Annual report of the Punjab Veterinary College and of the Civil Veterinary Department, Punjab - 1920-1925
Year: 1920
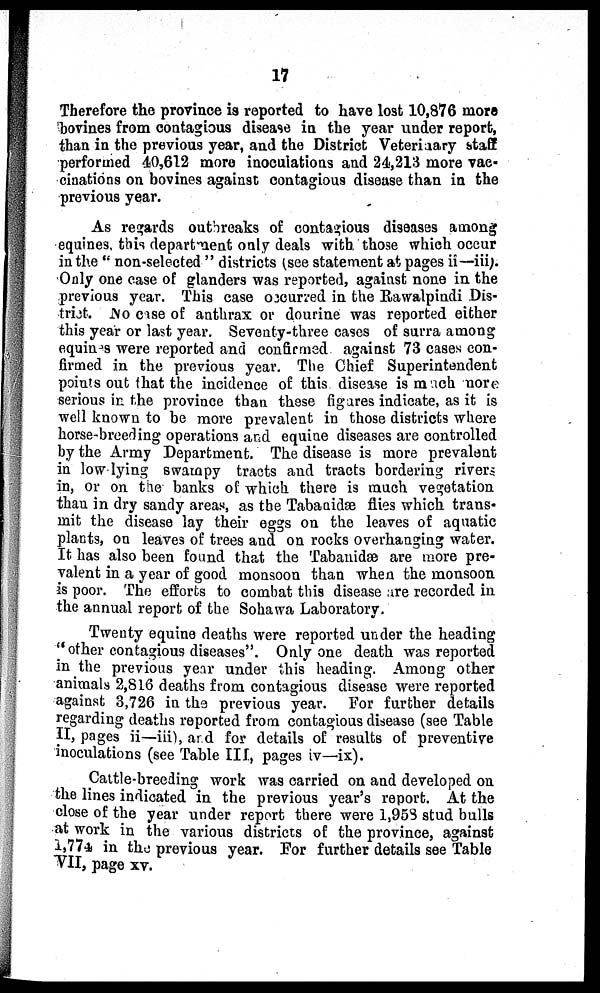
17
Therefore the province is reported to have lost 10,876 more
bovines from contagious disease in the year under report,
than in the previous year, and the District Veterinaary staff
performed 40,612 more inoculations and 24,213 more vac-
cinations on bovines against contagious disease than in the
previous year.
As regards outbreaks of contagious diseases among
equines, this department only deals with those which occur
in the "non-selected" districts (see statement at pages ii—iii).
Only one case of glanders was reported, against none in the
previous year. This case occurred in the Rawalpindi Dis-
trict. No case of anthrax or dourine was reported either
this year or last year. Seventy-three cases of surra among
equines were reported and confirmed against 73 cases con-
firmed in the previous year. The Chief Superintendent
points out that the incidence of this disease is much more
serious in the province than these figures indicate, as it is
well known to be more prevalent in those districts where
horse-breeding operations and equine diseases are controlled
by the Army Department. The disease is more prevalent
in low lying swampy tracts and tracts bordering rivers
in, or on the banks of which there is much vegetation
than in dry sandy areas, as the Tabanidæ flies which trans-
mit the disease lay their eggs on the leaves of aquatic
plants, on leaves of trees and on rocks overhanging water.
It has also been found that the Tabanidæ are more pre-
valent in a year of good monsoon than when the monsoon
is poor. The efforts to combat this disease are recorded in
the annual report of the Sohawa Laboratory.
Twenty equine deaths were reported under the heading
"other contagious diseases". Only one death was reported
in the previous year under this heading. Among other
animals 2,816 deaths from contagious disease were reported
against 3,726 in the previous year. For further details
regarding deaths reported from contagious disease (see Table
II, pages ii—iii), and for details of results of preventive
inoculations (see Table III, pages iv—ix).
Cattle-breeding work was carried on and developed on
the lines indicated in the previous year's report. At the
close of the year under report there were 1,958 stud bulls
at work in the various districts of the province, against
1,774 in the previous year. For further details see Table
VII, page xv.